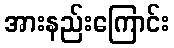
အားနည်းကြောင်း